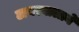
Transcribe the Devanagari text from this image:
टायरवालाने